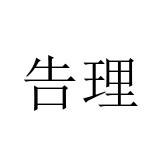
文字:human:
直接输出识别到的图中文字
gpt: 告理